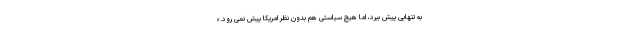
به تنهایی پیش ببرد، اما هیچ سیاستی هم بدون نظر امریکا پیش نمی رود.»